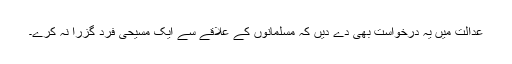
عدالت میں یہ درخواست بھی دے دیں کہ مسلمانوں کے علاقے سے ایک مسیحی فرد گزرا نہ کرے۔